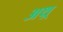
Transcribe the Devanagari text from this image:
अथ़्